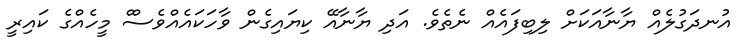
އުނދަގުލެއް ޔާނާއަކަށް ލިބިފައެއް ނެތެވެ. އަދި ޔާނާއޭ ކިޔައިގެން ވާހަކައެއްވެސްް މީހެއްގެ ކައިރީ